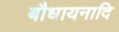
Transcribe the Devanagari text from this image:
बौधायनादि